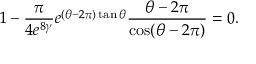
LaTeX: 1 - \frac { \pi } { 4 e ^ { 8 \gamma } } e ^ { ( \theta - { 2 \pi } ) \tan \theta } \frac { \theta - { 2 \pi } } { \cos ( \theta - { 2 \pi } ) } = 0 .